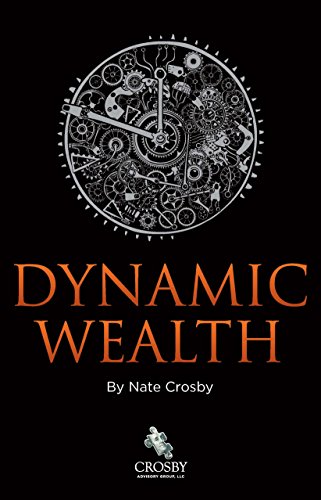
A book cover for Dynamic Wealth; Nate Crosby; Business & Money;